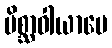
မိစ္ဆာဝါယာမေ